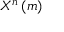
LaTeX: X ^ { n } \left( m \right)